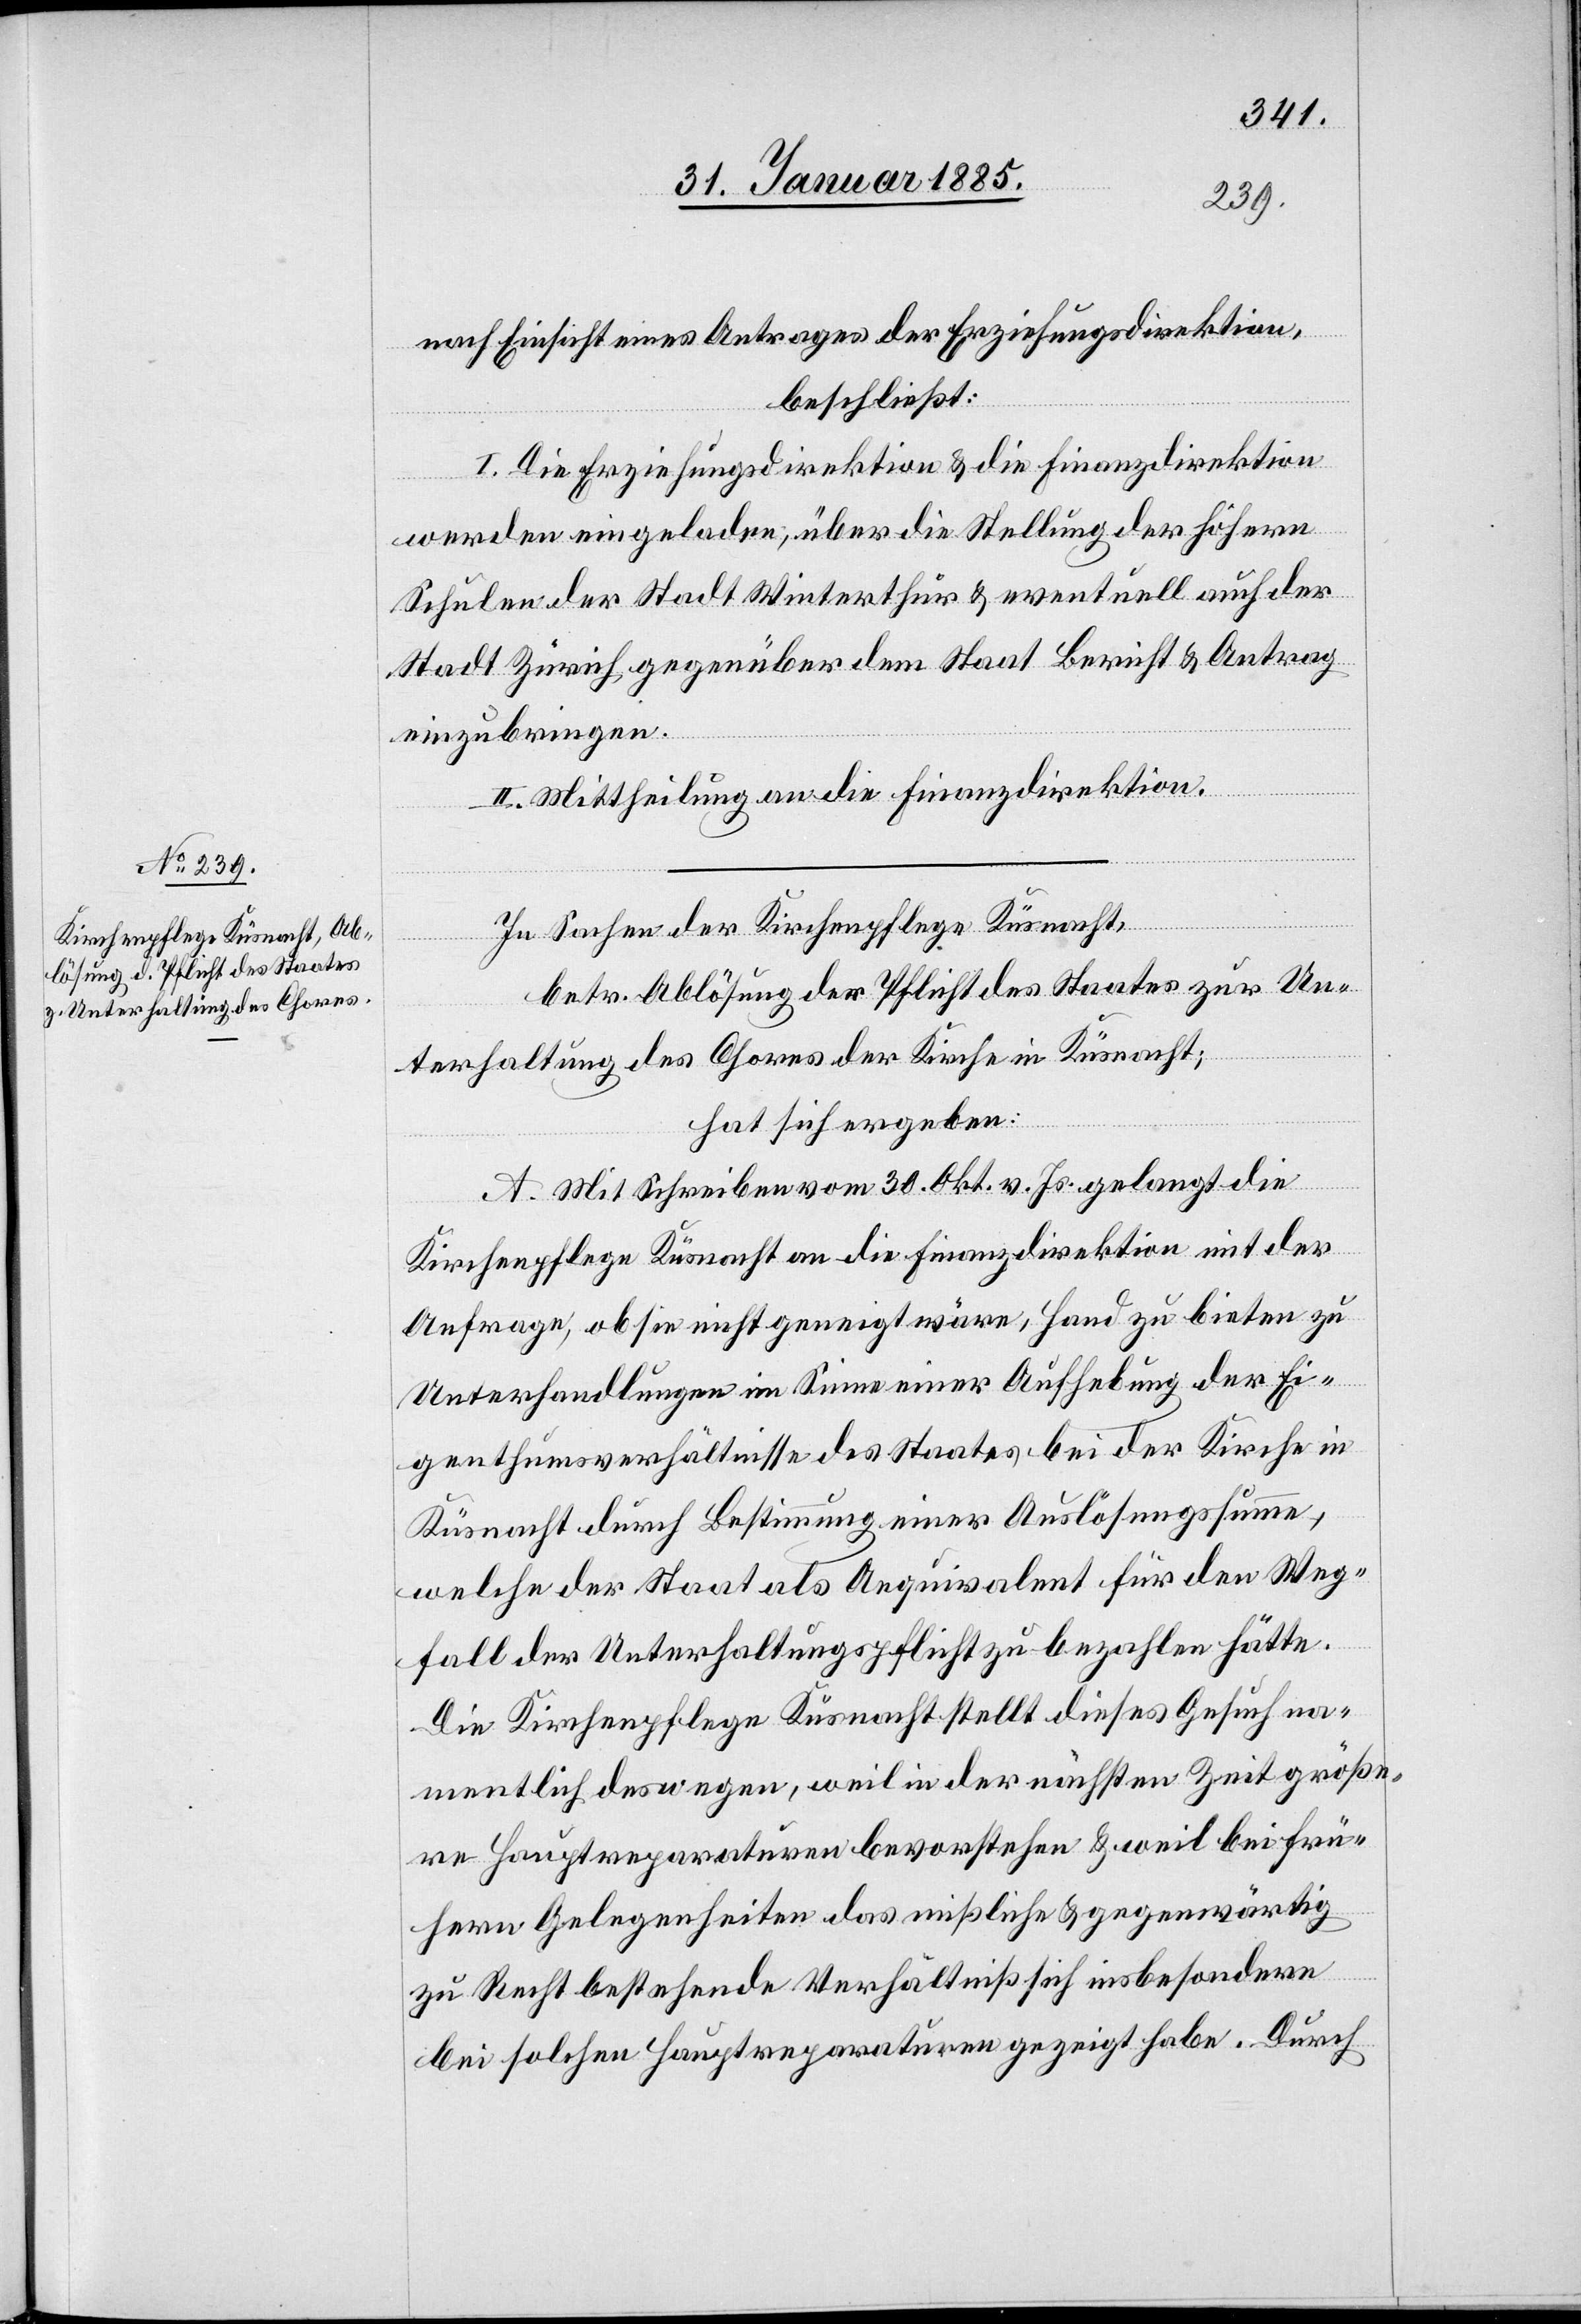
Ablösung der Pflicht des Staates
zur Unterhaltung der Kirche

nach Einsicht eines Antrages der Erziehungsdirektion,
beschließt:
I. Die Erziehungsdirektion & die Finanzdirektion
werden eingeladen, über die Stellung der höhern
Schulen der Stadt Winterthur & eventuell auch der
Stadt Zürich gegenüber dem Staat Bericht & Antrag
einzubringen.
II. Mittheilung an die Finanzdirektion.
In Sachen der Kirchenpflege Küsnacht,
hat sich ergeben:
A. Mit Schreiben vom 30. Okt. v. Js. gelangt die
Kirchenpflege Küsnacht an die Finanzdirektion mit der
Anfrage, ob sie nicht geneigt wäre, Hand zu bieten zu
Unterhandlungen im Sinne einer Aufhebung der Ei¬
genthumsverhältnisse des Staates bei der Kirche in
Küsnacht durch Bestimmung einer Auslösungssumme,
welche der Staat als Aequivalent für den Weg¬
fall der Unterhaltungspflicht zu bezahlen hätte.
Die Kirchenpflege Küsnacht stellt dieses Gesuch na¬
mentlich deswegen, weil in der nächsten Zeit größe¬
re Hauptreparaturen bevorstehen & weil bei frü¬
hern Gelegenheiten das mißliche & gegenwärtig
zu Recht bestehende Verhältniß sich insbesondere
bei solchen Hauptreparaturen gezeigt habe. Durch